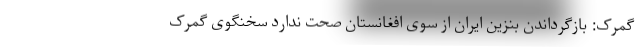
گمرک: بازگرداندن بنزین ایران از سوی افغانستان صحت ندارد سخنگوی گمرک